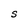
Character: s